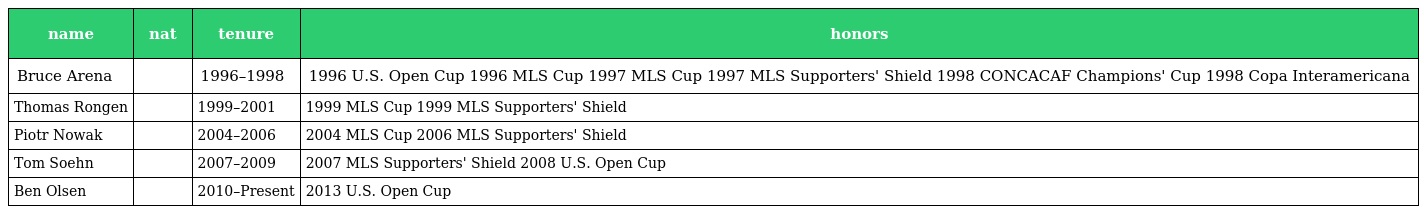
| name | nat | tenure | honors |
 | --- | --- | --- | --- |
 | Bruce Arena |  | 1996–1998 | 1996 U.S. Open Cup 1996 MLS Cup 1997 MLS Cup 1997 MLS Supporters' Shield 1998 CONCACAF Champions' Cup 1998 Copa Interamericana |
 | Thomas Rongen |  | 1999–2001 | 1999 MLS Cup 1999 MLS Supporters' Shield |
 | Piotr Nowak |  | 2004–2006 | 2004 MLS Cup 2006 MLS Supporters' Shield |
 | Tom Soehn |  | 2007–2009 | 2007 MLS Supporters' Shield 2008 U.S. Open Cup |
 | Ben Olsen |  | 2010–Present | 2013 U.S. Open Cup |